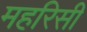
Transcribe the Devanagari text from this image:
महरिसी